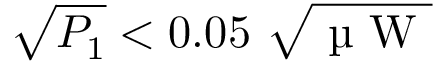
\sqrt { P _ { 1 } } < 0 . 0 5 \ \sqrt { \mathrm { ~ \textmu ~ W ~ } }